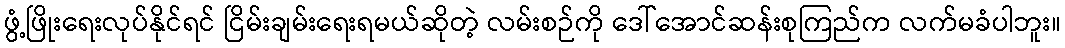
ဖွံ့ဖြိုးရေးလုပ်နိုင်ရင် ငြိမ်းချမ်းရေးရမယ်ဆိုတဲ့ လမ်းစဉ်ကို ဒေါ်အောင်ဆန်းစုကြည်က လက်မခံပါဘူး။